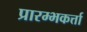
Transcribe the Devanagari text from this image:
प्रारम्भकर्त्ता